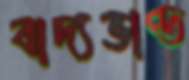
বাদ্যভাণ্ড